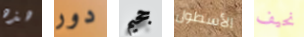
هذه دور جحيم الأسطول نحيف